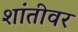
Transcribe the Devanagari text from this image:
शांतीवर